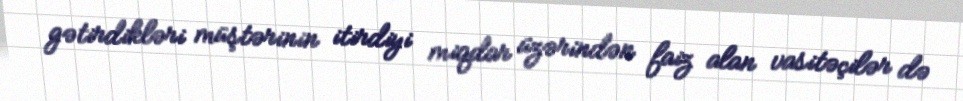
gətirdikləri müştərinin itirdiyi miqdar üzərindən faiz alan vasitəçilər də